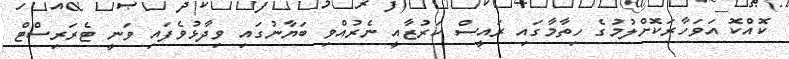
ކޮއްކޮ އަވަހާރަކޮށްލުމުގެ ހިތާމާގައި ރައީސް ކަރުޒާއީ ނެރުއްވި ބަޔާނުގައި ވިދާޅުވެފައި ވަނީ ޓެރަރިސްޓް